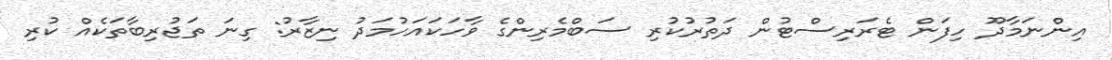
އިންނަމާދޫ ހިފަން ޓެރަރިސްޓުން ދަތުރުކުރި ސަބްމެރިންގެ ވާހަކައަހުމަދު ނިޒާރު: ގިނަ ތަޖުރިބާތަކެއް ކުރި